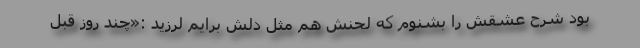
بود شرح عشقش را بشنوم که لحنش هم مثل دلش برایم لرزید :«چند روز قبل